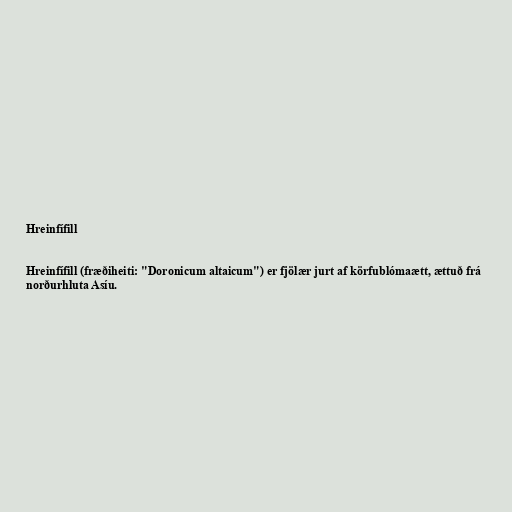
Hreinfífill

Hreinfífill (fræðiheiti: "Doronicum altaicum") er fjölær jurt af körfublómaætt, ættuð frá
norðurhluta Asíu.